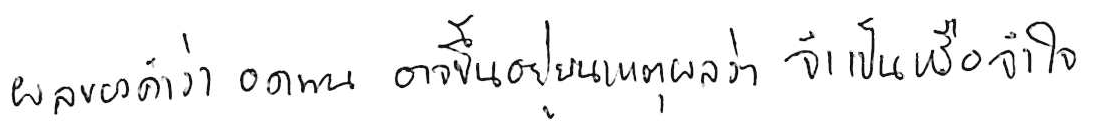
ผลของคำว่า อดทน อาจขึ้นอยู่บนเหตุผลว่า จำเป็น หรือ จำใจ